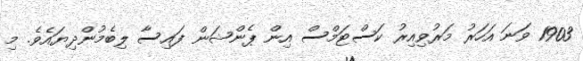
1903 ވަނަ އަހަރު މަރުވިއިރު ކަސްޓަމްސް އިން ޕެންޝަން ފައިސާ ލިބެމުންދިޔައެވެ. މި